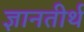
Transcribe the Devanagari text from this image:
ज्ञानतीर्थ